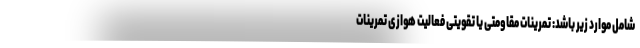
شامل موارد زیر باشد: تمرینات مقاومتی یا تقویتی فعالیت هوازی تمرینات